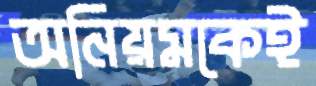
অনিয়মকেই